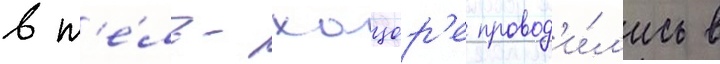
в т'е́ль-хацор'е провод'и́л'ись в